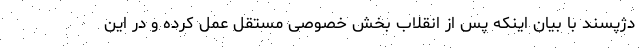
دژپسند با بیان اینکه پس از انقلاب بخش خصوصی مستقل عمل کرده و در این